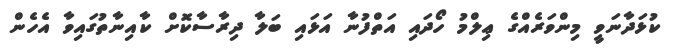
ކުޅަދާނަވީ މިންވަރެއްގެ ޢިލްމު ހޯދައި އަތްފުނާ އަޅައި ބަލާ ދިރާސާކޮށް ކާއިނާތުގައިވާ އެހެން